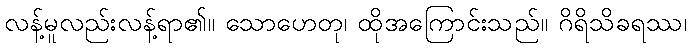
လန့်မူလည်းလန့်ရာ၏။ သောဟေတု၊ ထိုအကြောင်းသည်။ ဂိရိသိခရဿ၊